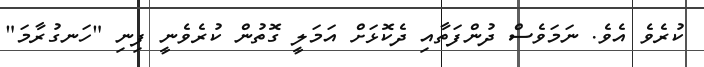
ކުރެވެ އެވެ. ނަމަވެސް ދުންފަތާއި ދެކޮޅަށް އަމަލީ ގޮތުން ކުރެވެނީ ފިނި "ހަނގުރާމަ"